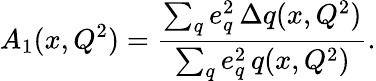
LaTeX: A_{1}(x,Q^{2})=\frac{\sum_{q}e_{q}^{2}\, \Delta q(x,Q^{2})}{\sum_{q}e_{q}^{2}\, q(x,Q^{2})}.